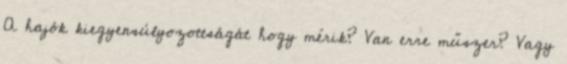
A hajók kiegyensúlyozottságát hogy mérik? Van erre műszer? Vagy